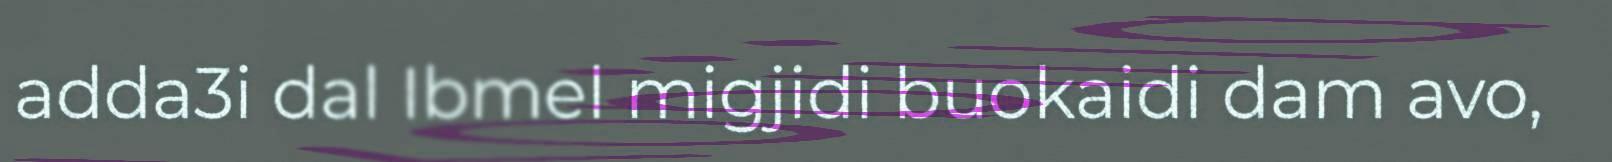
adda3i dal Ibmel migjidi buokaidi dam avo,